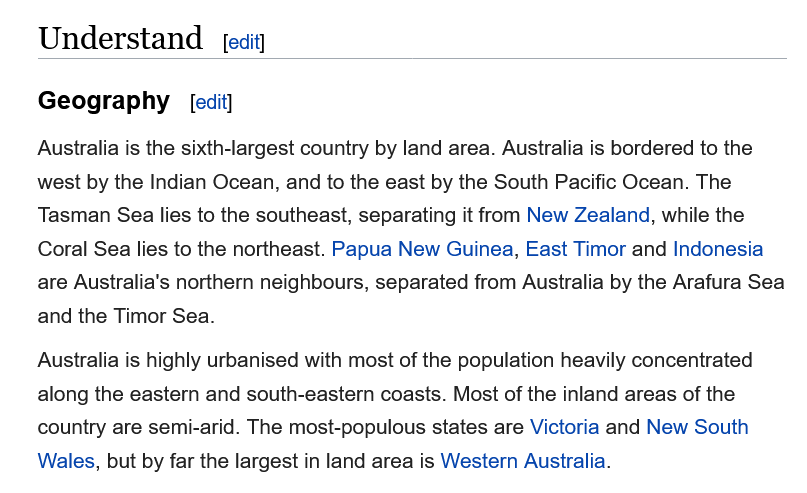
Understand
    Geography
    Australia is the sixth-largest country by land area. Australia is bordered to the
    west by the Indian Ocean, and to the east by the South Pacific Ocean. The
    Tasman Sea lies to the southeast, separating it from New Zealand, while the
    Coral Sea lies to the northeast. Papua New Guinea, East Timor and Indonesia
    are Australia's northern neighbours, separated from Australia by the Arafura Sea
    and the Timor Sea.
    Australia is highly urbanised with most of the population heavily concentrated
    along the eastern and south-eastern coasts. Most of the inland areas of the
    country are semi-arid. The most-populous states are Victoria and New South
    Wales, but by far the largest in land area is Western Australia.